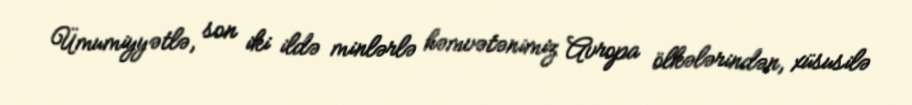
Ümumiyyətlə, son iki ildə minlərlə həmvətənimiz Avropa ölkələrindən, xüsusilə